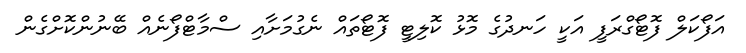
އަފޯކަލް ފޮޓޯގްރަފީ އަކީ ހަނދުގެ މޮޅު ކޮލިޓީ ފޮޓޯތައް ނެގުމަށާއި ސްމާޓްފޯނެއް ބޭނުންކޮށްގެން